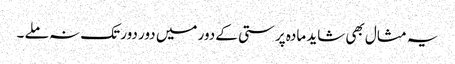
یہ مثال بھی شاید مادہ پرستی کے دور میں دور دور تک نہ ملے ۔